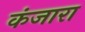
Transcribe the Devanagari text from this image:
कंजारा